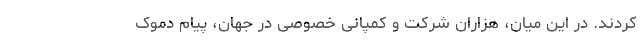
کردند. در این میان، هزاران شرکت و کمپانی خصوصی در جهان، پیام دموک